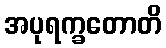
အပုရက္ခတောတိ